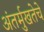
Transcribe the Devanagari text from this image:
अंतर्मुखतेचे